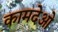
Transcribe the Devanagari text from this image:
कामदेओ